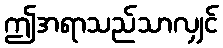
ဤအရာသည်သာလျှင်